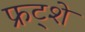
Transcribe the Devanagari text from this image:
फ्रट्शे